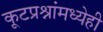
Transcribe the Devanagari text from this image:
कूटप्रश्नांमध्येही